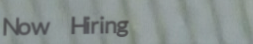
Now Hiring